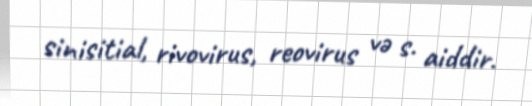
sinisitial, rivovirus, reovirus və s. aiddir.